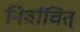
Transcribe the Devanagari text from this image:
निर्वाचित्